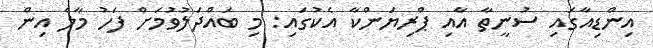
އިންޑިއާގައި ސުނީތާ އާއި ޕްރިޔަންކާ އެކުގައި: މި ބައްދަަލުވުމަށް ފަހު މާލެ އިން